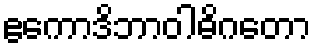
ဧကောဒိဘာဝါဓိဂတော